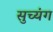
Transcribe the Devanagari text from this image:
सुच्यंग